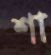
শা